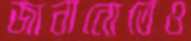
জানানোতেও